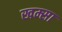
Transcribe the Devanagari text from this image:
खम्सा